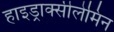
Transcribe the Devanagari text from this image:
हाइड्राक्सीलेमिन